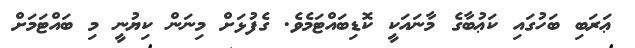
ޢަރަބި ބަހުގައި ކަޢުބާގެ މާނައަކީ ކޮޑިބައްޓަމެވެ. ގެފުޅަށް މިނަން ކިޔުނީ މި ބައްޓަމަށް